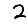
Digit: 2